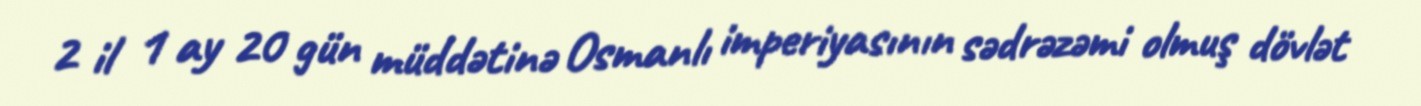
2 il 1 ay 20 gün müddətinə Osmanlı imperiyasının sədrəzəmi olmuş dövlət